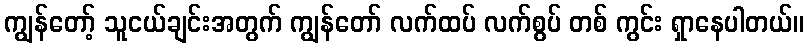
ကျွန်တော့် သူငယ်ချင်းအတွက် ကျွန်တော် လက်ထပ် လက်စွပ် တစ် ကွင်း ရှာနေပါတယ်။